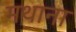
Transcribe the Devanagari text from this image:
मथाना